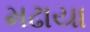
મઢાયા